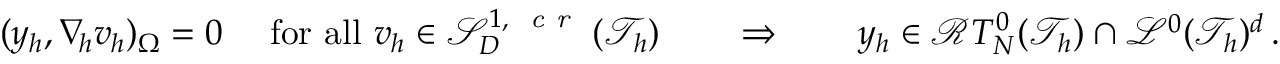
\begin{array} { r } { ( y _ { h } , \nabla _ { \! h } v _ { h } ) _ { \Omega } = 0 \quad \mathrm { ~ f o r ~ a l l ~ } v _ { h } \in \mathcal { S } _ { D } ^ { 1 , \textit { \textrm { c r } } } ( \mathcal { T } _ { h } ) \qquad \Rightarrow \qquad y _ { h } \in \mathcal { R } T _ { N } ^ { 0 } ( \mathcal { T } _ { h } ) \cap \mathcal { L } ^ { 0 } ( \mathcal { T } _ { h } ) ^ { d } \, . } \end{array}